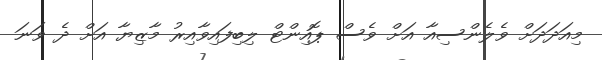
މިއަދަދަށް ވެލެންސިއާ އަށް ވެސް ޕޮއިންޓް ލިބިފައިވާއިރު މާޒިޔާ އަށް ދެ ވަނަ